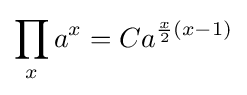
\prod _{x}a^{x}=Ca^{{\frac {x}{2}}(x-1)}